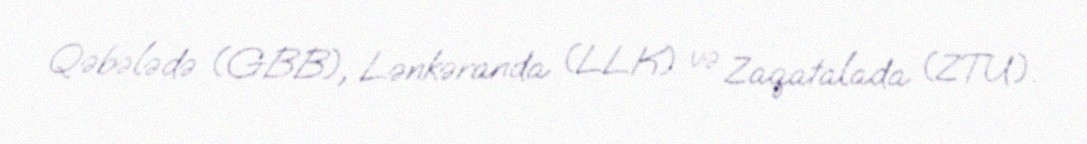
Qəbələdə (GBB), Lənkəranda (LLK) və Zaqatalada (ZTU).